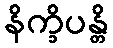
နိက္ခိပန္တိ